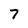
Character: 7